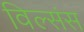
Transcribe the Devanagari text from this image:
विल्संस